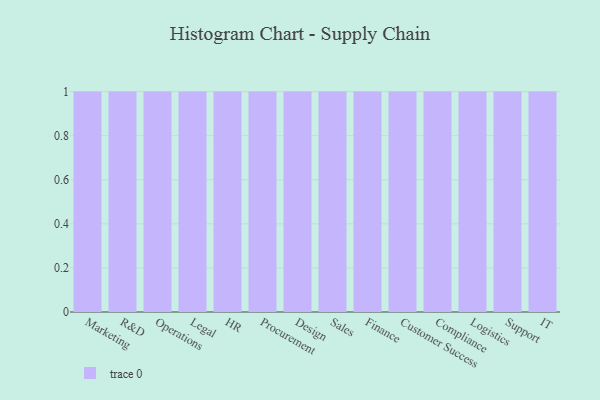
{"axis": {"x": "Department", "y": "Backlog"}, "legend": [""], "data": [{"x": "Marketing", "y": 14, "type": ""}, {"x": "R&D", "y": 56, "type": ""}, {"x": "Operations", "y": 55, "type": ""}, {"x": "Legal", "y": 43, "type": ""}, {"x": "HR", "y": 21, "type": ""}, {"x": "Procurement", "y": 41, "type": ""}, {"x": "Design", "y": 61, "type": ""}, {"x": "Sales", "y": 40, "type": ""}, {"x": "Finance", "y": 12, "type": ""}, {"x": "Customer Success", "y": 4, "type": ""}, {"x": "Compliance", "y": 10, "type": ""}, {"x": "Logistics", "y": 97, "type": ""}, {"x": "Support", "y": 26, "type": ""}, {"x": "IT", "y": 88, "type": ""}]}